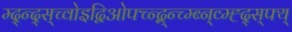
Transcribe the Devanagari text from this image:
म्द्न्द्स्च्वोइद्विओफ्च्न्द्ब्न्च्म्ब्न्व्म्ह्द्स्फ्य्